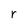
Character: r